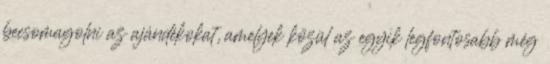
becsomagolni az ajándékokat, amelyek közül az egyik legfontosabb még